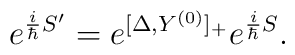
e^{{i\over\hbar}S^\prime}=e^{[\Delta,Y^{(0)}]_+}e^{{i\over\hbar}S}.